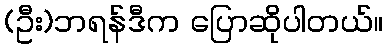
(ဦး)ဘရန်ဒီက ပြောဆိုပါတယ်။